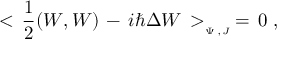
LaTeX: < \, { \frac { 1 } { 2 } } ( W , W ) \, - \, i \hbar \Delta W \, > _ { _ { \Psi \, \, , J } } \, = \, 0 \, \, ,